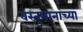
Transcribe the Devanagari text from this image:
वस्तुमानांच्या